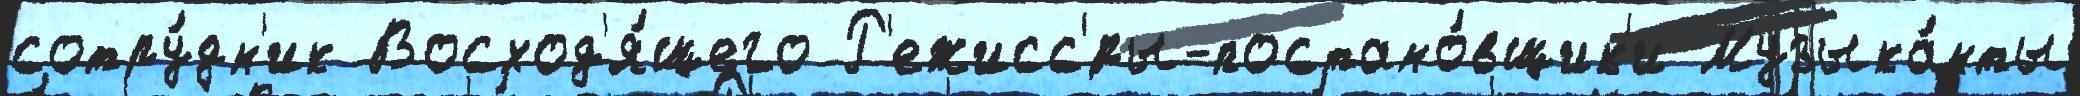
сотру́дн'ик Восход'я́щего Р'ежисс'́ры-постано́вщик'и Музыка́нты